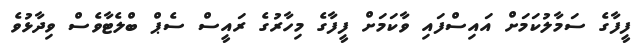
ފީފާގެ ސަމާލުކަމަށް އައިސްފައި ވާކަމަށް ފީފާގެ މިހާރުގެ ރައީސް ސެޕް ބްލެޓާވެސް ވިދާޅުވެ